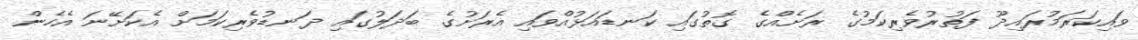
ވައިކަރަމުރައިދޫ ފަތުރުވެރިކަމުގެ ރަށެއްގެ ގޮތުގައި ކަނޑައަޅުއްވައި އެރަށުގެ ބަދަލުގައި ދަނޑުވެރިކަމަށް އެކަށޭނަ އެހެން